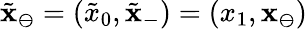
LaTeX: \tilde{\mathbf{x}}_{\ominus}=(\tilde{x}_{0},\tilde{\mathbf{x}}_{-})=(x_{1},\mathbf{x}_{\ominus})